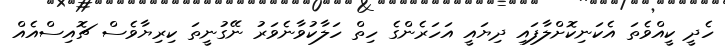
ހެދީ ކީއްވެތަ އެކަނިކޮށްލާފައި ދިޔައީ އަހަރެންގެ ހިތް ހަލާކުވާނެވަރު ނޭގުނީތަ ކިރިޔާވެސް ޗޮއިސްއެއް